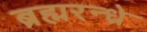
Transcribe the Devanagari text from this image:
ब्रह्मरन्ध्रे